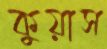
কুয়াস